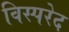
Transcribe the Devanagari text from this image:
विस्परेद